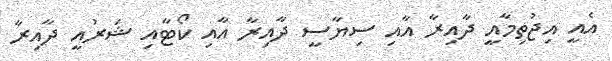
އެއީ އިޖުތިމާއީ ދާއިރާ އާއި ސިޔާސީ ދާއިރާ އާއި ކޯޓާއި ޝަރުއީ ދާއިރާ